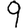
Digit: 9